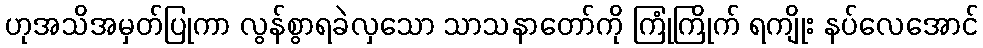
ဟုအသိအမှတ်ပြုကာ လွန်စွာရခဲလှသော သာသနာတော်ကို ကြုံကြိုက် ရကျိုး နပ်လေအောင်